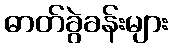
ဓာတ်ခွဲခန်းများ